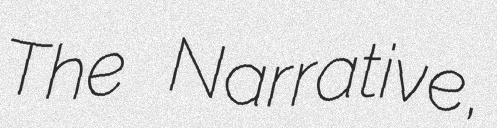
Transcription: The Narrative,